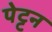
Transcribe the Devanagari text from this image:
पेट्टन